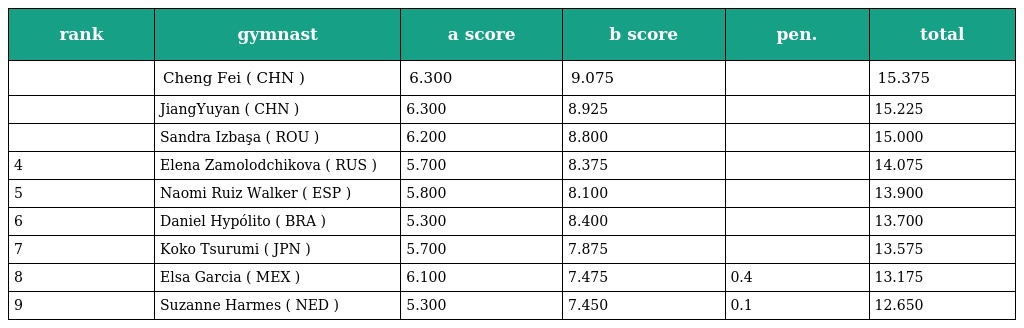
| rank | gymnast | a score | b score | pen. | total |
 | --- | --- | --- | --- | --- | --- |
 |  | Cheng Fei ( CHN ) | 6.300 | 9.075 |  | 15.375 |
 |  | JiangYuyan ( CHN ) | 6.300 | 8.925 |  | 15.225 |
 |  | Sandra Izbaşa ( ROU ) | 6.200 | 8.800 |  | 15.000 |
 | 4 | Elena Zamolodchikova ( RUS ) | 5.700 | 8.375 |  | 14.075 |
 | 5 | Naomi Ruiz Walker ( ESP ) | 5.800 | 8.100 |  | 13.900 |
 | 6 | Daniel Hypólito ( BRA ) | 5.300 | 8.400 |  | 13.700 |
 | 7 | Koko Tsurumi ( JPN ) | 5.700 | 7.875 |  | 13.575 |
 | 8 | Elsa Garcia ( MEX ) | 6.100 | 7.475 | 0.4 | 13.175 |
 | 9 | Suzanne Harmes ( NED ) | 5.300 | 7.450 | 0.1 | 12.650 |